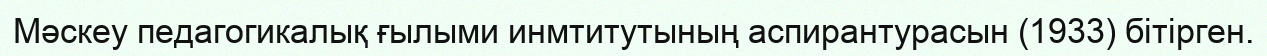
Мәскеу педагогикалық ғылыми инмтитутының аспирантурасын (1933) бітірген.